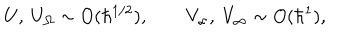
U , \ U _ { \Omega } \sim O ( \hbar ^ { 1 / 2 } ) , \qquad V _ { \propto } , \ V _ { \infty } \sim O ( \hbar ^ { 1 } ) ,